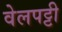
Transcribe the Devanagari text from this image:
वेलपट्टी